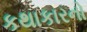
કથાકારનો